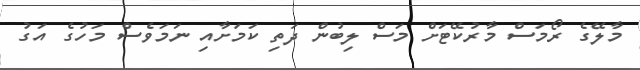
މާލޭގެ ރޯމަސް މާރުކޭޓަށް މަސް ލިބުން ދަތި ކަމަށާއި ނަމަވެސް މަހުގެ އަގު